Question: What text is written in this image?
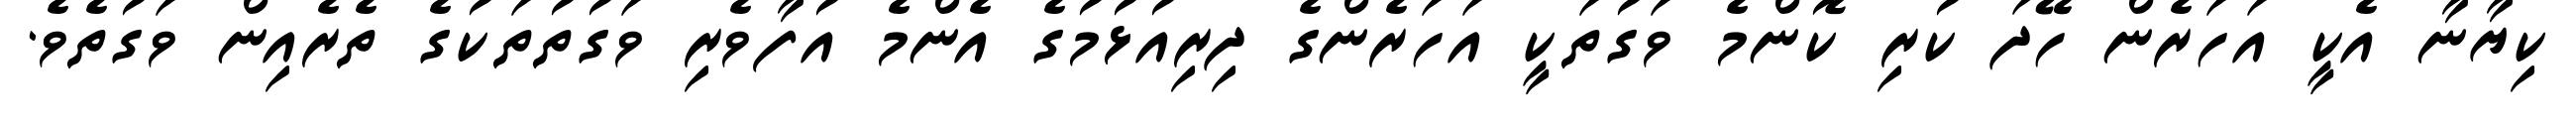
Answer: ކިޔާނާ އެކީ އަހަރެން ހޭދަ ކުރި ކޮންމެ ވަގުތަކީ އަހަރެންގެ ދިރިއުޅުމުގެ އެންމެ އުފާވެރި ވަގުތުތަކުގެ ތެރެއިން ވަގުތެވެ.